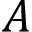
A